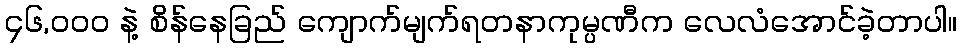
၄၆,၀၀၀ နဲ့ စိန်နေခြည် ကျောက်မျက်ရတနာကုမ္ပဏီက လေလံအောင်ခဲ့တာပါ။